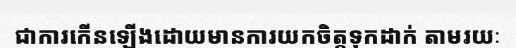
ជាការកើនឡើងដោយមានការយកចិត្តទុកដាក់ តាមរយៈ